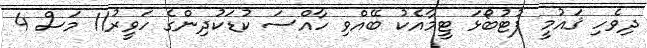
ދިވެހި ޤައުމީ ފުޓުބޯޅަ ޓީމާއެކު ބޭއްވި ހާއްސަ ކުޑަކުދިންގެ ހަވީރު11 މަސް 4